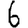
Digit: 6